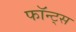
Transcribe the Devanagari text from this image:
फॉन्‍ट्स